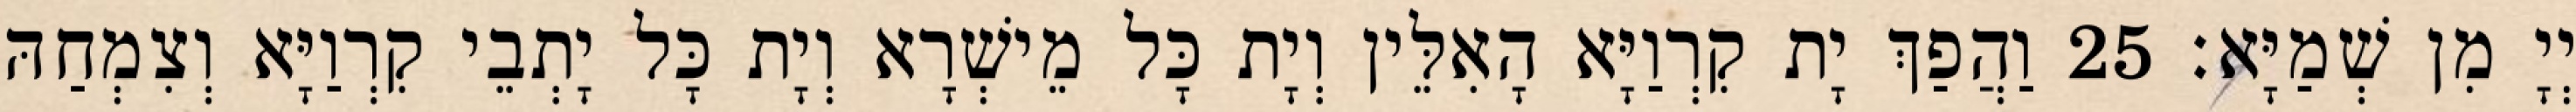
יְיָ מִן שְׁמַיָּא׃ 25 וַהֲפַךְ יָת קִרְוַיָּא הָאִלֵּין וְיָת כָּל מֵישְׁרָא וְיָת כָּל יָתְבֵי קִרְוַיָּא וְצִמְחַהּ